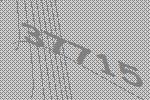
37715